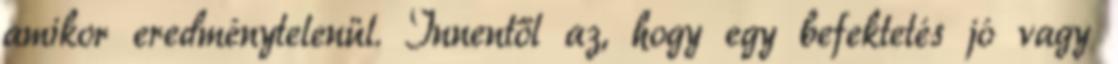
amikor eredménytelenül. Innentől az, hogy egy befektetés jó vagy